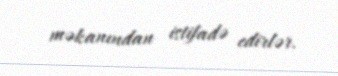
məkanından istifadə edirlər.